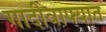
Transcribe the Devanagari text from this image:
गादीवाफ्यात